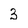
Character: 3